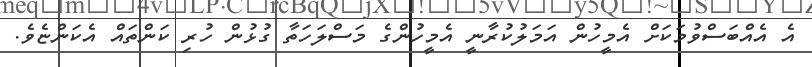
އެ އެއްބަސްވުމަކަށް އެމީހުން އަމަލުކުރާނީ އެމީހުންގެ މަސްލަހަތާ ގުޅުން ހުރި ކަންތައް އެކަންޏެވެ.